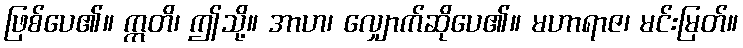
ဖြစ်ပေ၏။ ဣတိ၊ ဤသို့။ အာဟ၊ လျှောက်ဆိုပေ၏။ မဟာရာဇ၊ မင်းမြတ်။